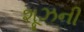
શૂઝની